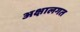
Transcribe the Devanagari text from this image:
अक्षालगत